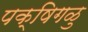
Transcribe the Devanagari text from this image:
पक्षिगळु